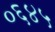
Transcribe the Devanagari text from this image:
०६४५